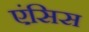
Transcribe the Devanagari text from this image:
एंसिस